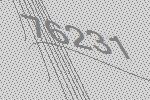
76231